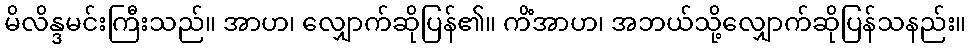
မိလိန္ဒမင်းကြီးသည်။ အာဟ၊ လျှောက်ဆိုပြန်၏။ ကိံအာဟ၊ အဘယ်သို့လျှောက်ဆိုပြန်သနည်း။